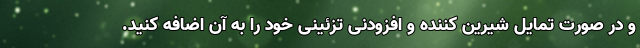
و در صورت تمایل شیرین کننده و افزودنی تزئینی خود را به آن اضافه کنید.